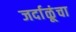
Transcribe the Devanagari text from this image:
जर्दाळूंचा